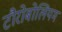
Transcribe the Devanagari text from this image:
टौरोबोलियम